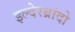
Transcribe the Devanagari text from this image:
इल्देरब्रांदो